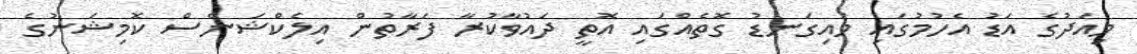
މިއަދުގެ އަޑު އެހުމުގައި މައިގަނޑު ގޮތެއްގައި އޮތީ ދައުވާކުރާ ފަރާތުން އިލެކްޝަންސް ކޮމިޝަނުގެ